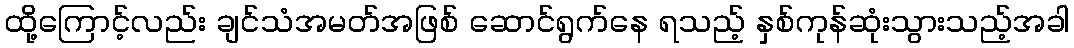
ထို့ကြောင့်လည်း ချင်သံအမတ်အဖြစ် ဆောင်ရွက်နေ ရသည့် နှစ်ကုန်ဆုံးသွားသည့်အခါ